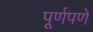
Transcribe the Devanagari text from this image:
पूूर्णपणे